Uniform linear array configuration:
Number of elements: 8
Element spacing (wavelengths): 0.25
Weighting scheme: exponential
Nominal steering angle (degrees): -60
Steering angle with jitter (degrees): -58.848
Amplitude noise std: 0.05
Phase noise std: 0.05

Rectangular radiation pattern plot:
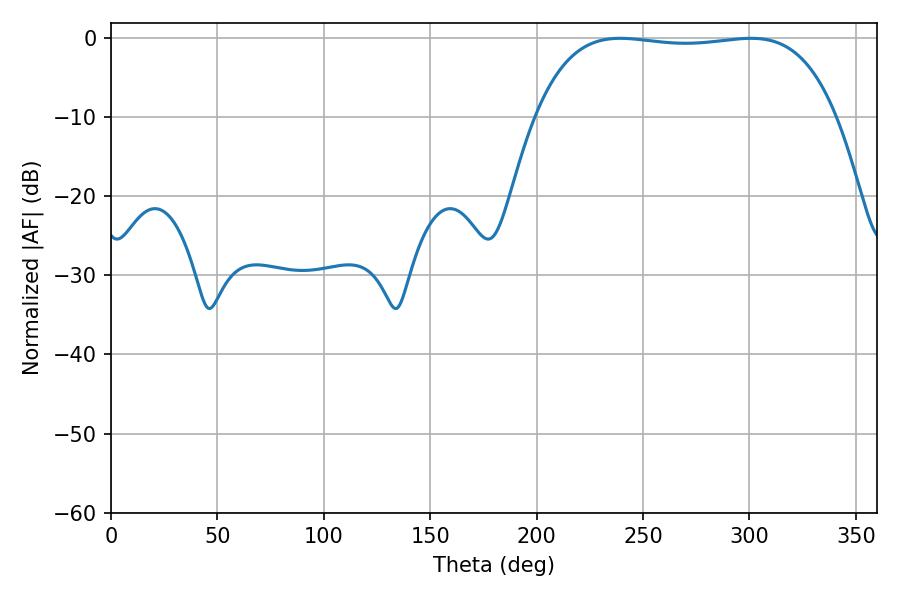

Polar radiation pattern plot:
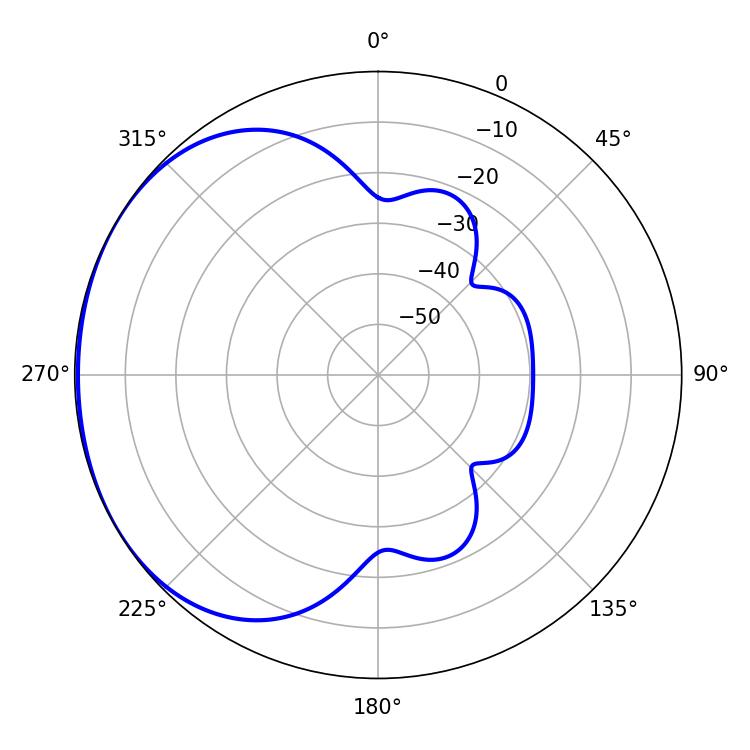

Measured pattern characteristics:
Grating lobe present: FALSE
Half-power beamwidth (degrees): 111.96
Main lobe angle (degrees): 239.22